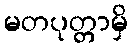
မတပုတ္တာမှိ